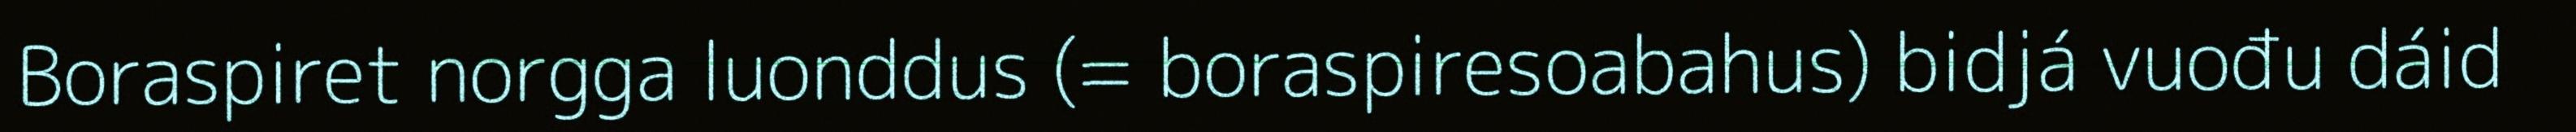
Boraspiret norgga luonddus (= boraspiresoabahus) bidjá vuođu dáid